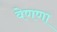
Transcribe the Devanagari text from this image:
वेणणा